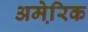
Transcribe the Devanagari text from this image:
अमेरि़क